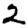
Digit: 2